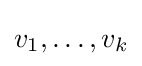
{\textstyle v_{1},\ldots ,v_{k}}